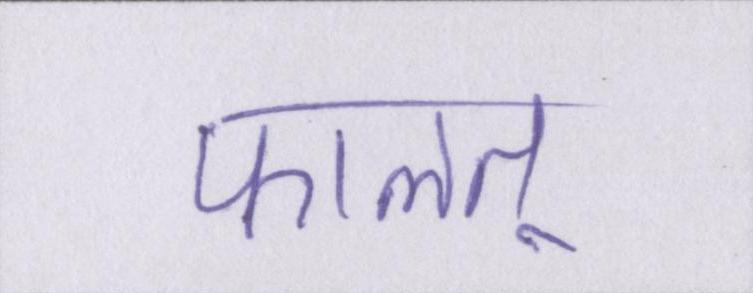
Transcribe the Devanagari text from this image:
फालतू